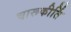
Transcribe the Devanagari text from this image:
चारूकीर्ति